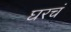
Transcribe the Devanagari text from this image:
घरचं